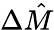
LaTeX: \Delta\hat{M}